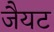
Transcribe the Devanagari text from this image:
जैयट